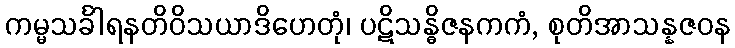
ကမ္မသင်္ခါရနတိဝိသယာဒိဟေတုံ၊ ပဋိသန္ဓိဇနကကံ, စုတိအာသန္နဇဝန